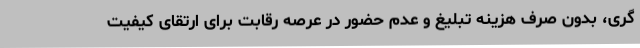
گری، بدون صرف هزینه تبلیغ و عدم حضور در عرصه رقابت برای ارتقای کیفیت